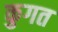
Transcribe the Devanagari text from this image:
कुगत